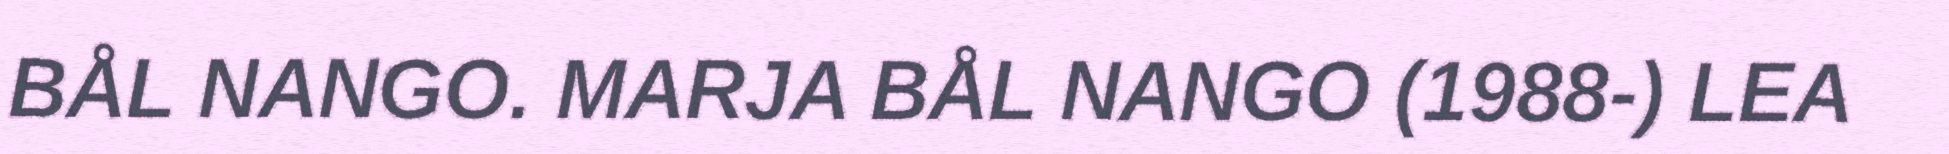
BÅL NANGO. MARJA BÅL NANGO (1988-) LEA